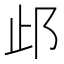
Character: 𰻤